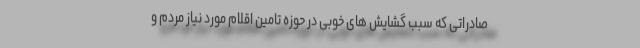
صادراتی که سبب گشایش های خوبی در حوزه تامین اقلام مورد نیاز مردم و